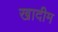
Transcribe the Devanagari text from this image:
खादीम